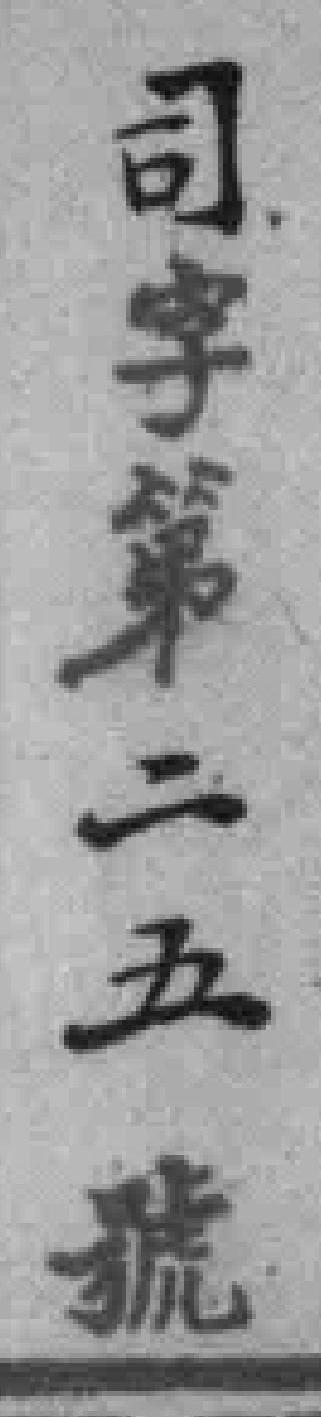
司字第二五號